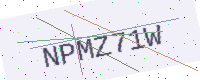
Text: NPMZ71W